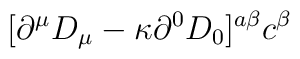
[\partial ^{\mu }D_{\mu }-\kappa \partial ^{0}D_{0}]^{a\beta }c^{\beta }